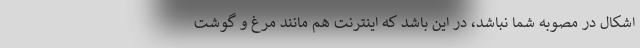
اشکال در مصوبه شما نباشد، در این باشد که اینترنت هم مانند مرغ و گوشت